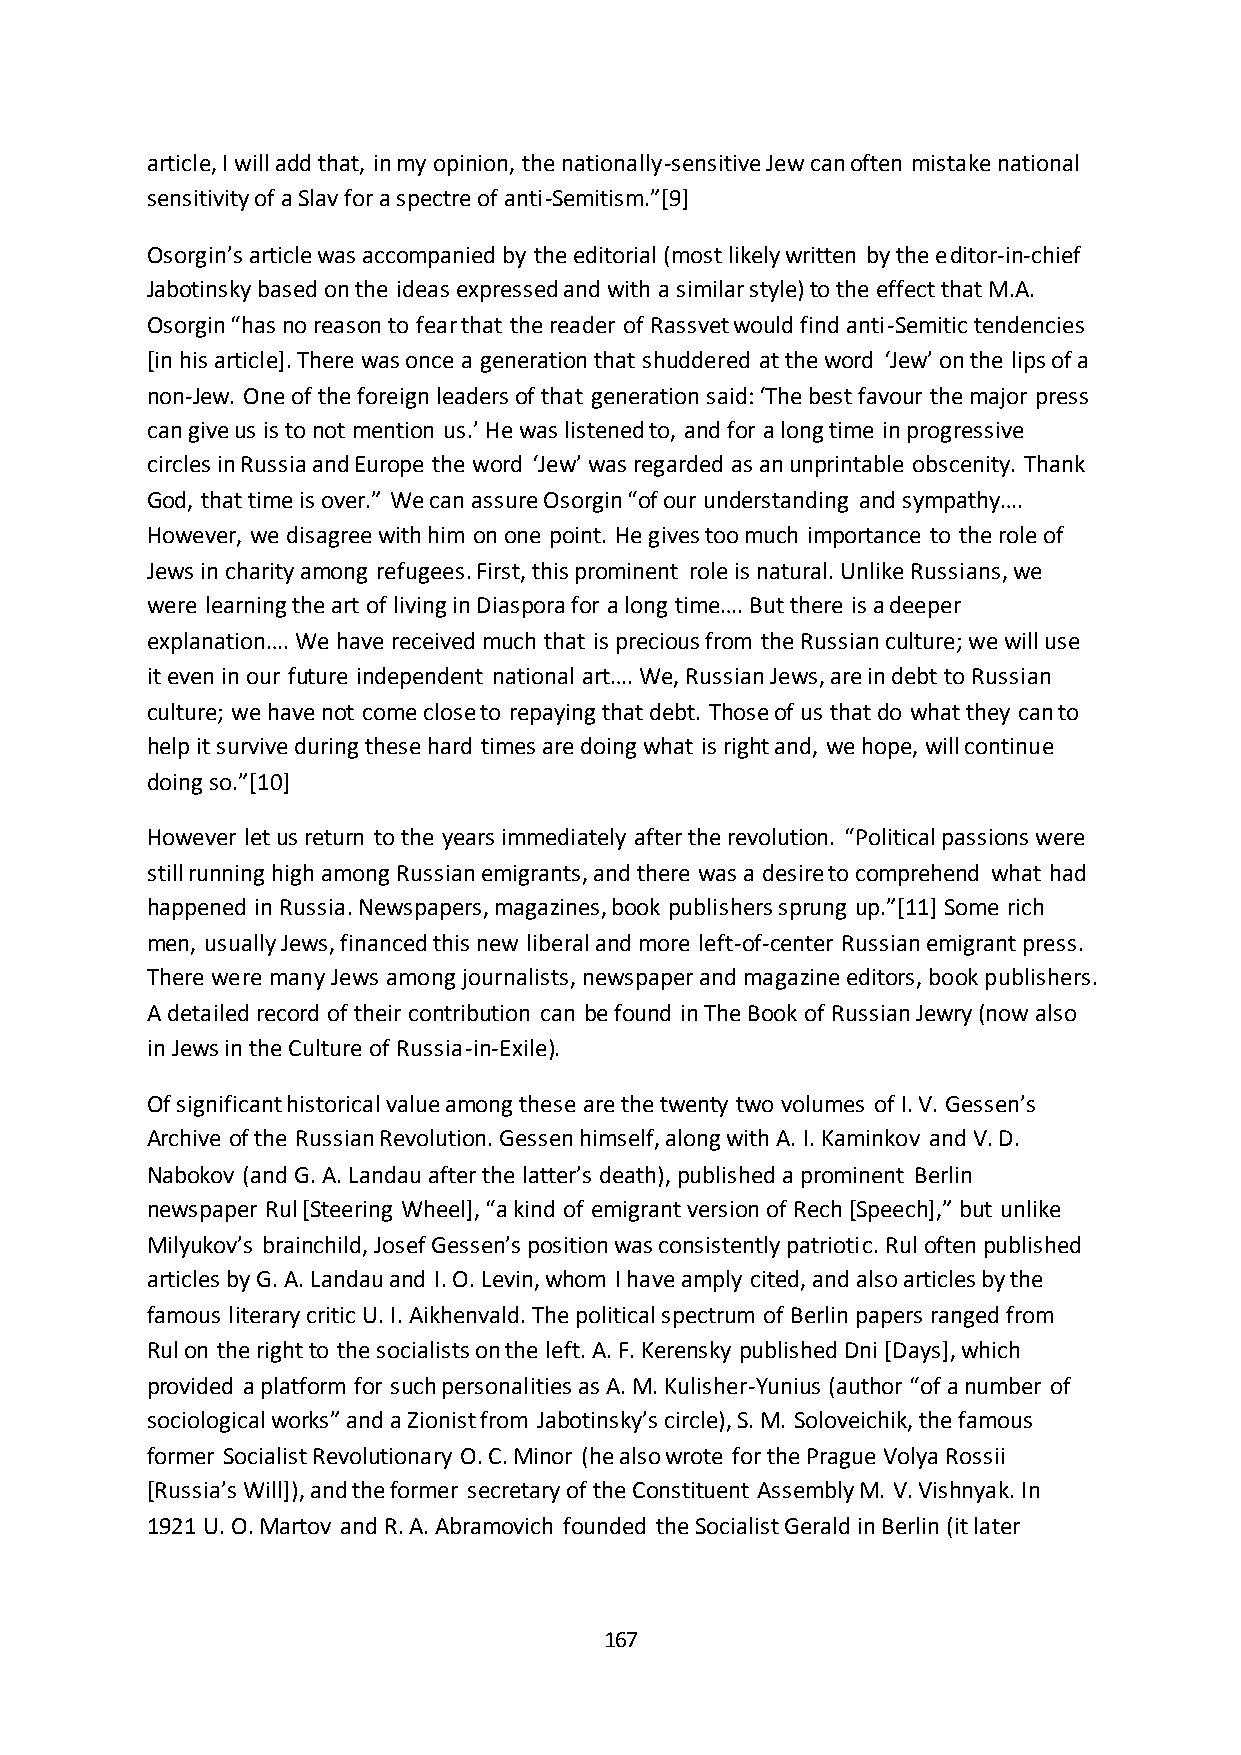
article, I will add that, in my opinion, the nationally-sensitive Jew can often mistake national
 sensitivity of a Slav for a spectre of anti-Semitism.”*9+
 Osorgin’s article was accompanied by the editorial (most likely written by the editor-in-chief
 Jabotinsky based on the ideas expressed and with a similar style) to the effect that M.A.
 Osorgin “has no reason to fear that the reader of Rassvet would find anti-Semitic tendencies
 [in his article]. There was once a generation that shuddered at the word ‘Jew’ on the lips of a
 non-Jew. One of the foreign leaders of that generation said: ‘The best favour the major press
 can give us is to not mention us.’ He was listened to, and for a long time in progressive
 circles in Russia and Europe the word ‘Jew’ was regarded as an unprintable obscenity. Thank
 God, that time is over.” We can assure Osorgin “of our understanding and sympathy….
 However, we disagree with him on one point. He gives too much importance to the role of
 Jews in charity among refugees. First, this prominent role is natural. Unlike Russians, we
 were learning the art of living in Diaspora for a long time…. But there is a deeper
 explanation…. We have received much that is precious from the Russian culture; we will use
 it even in our future independent national art…. We, Russian Jews, are in debt to Russian
 culture; we have not come close to repaying that debt. Those of us that do what they can to
 help it survive during these hard times are doing what is right and, we hope, will continue
 doing so.”*10+
 However let us return to the years immediately after the revolution. “Political passions were
 still running high among Russian emigrants, and there was a desire to comprehend what had
 happened in Russia. Newspapers, magazines, book publishers sprung up.”*11+ Some rich
 men, usually Jews, financed this new liberal and more left-of-center Russian emigrant press.
 There were many Jews among journalists, newspaper and magazine editors, book publishers.
 A detailed record of their contribution can be found in The Book of Russian Jewry (now also
 in Jews in the Culture of Russia-in-Exile).
 Of significant historical value among these are the twenty two volumes of I. V. Gessen’s
 Archive of the Russian Revolution. Gessen himself, along with A. I. Kaminkov and V. D.
 Nabokov (and G. A. Landau after the latter’s death), published a prominent Berlin
 newspaper Rul *Steering Wheel+, “a kind of emigrant version of Rech *Speech+,” but unlike
 Milyukov’s brainchild, Josef Gessen’s position was consistently patriotic. Rul often published
 articles by G. A. Landau and I. O. Levin, whom I have amply cited, and also articles by the
 famous literary critic U. I. Aikhenvald. The political spectrum of Berlin papers ranged from
 Rul on the right to the socialists on the left. A. F. Kerensky published Dni [Days], which
 provided a platform for such personalities as A. M. Kulisher-Yunius (author “of a number of
 sociological works” and a Zionist from Jabotinsky’s circle), S. M. Soloveichik, the famous
 former Socialist Revolutionary O. C. Minor (he also wrote for the Prague Volya Rossii
 *Russia’s Will+), and the former secretary of the Constituent Assembly M. V. Vishnyak. In
 1921 U. O. Martov and R. A. Abramovich founded the Socialist Gerald in Berlin (it later
 167